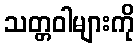
သတ္တဝါများကို